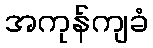
အကုန်ကျခံ